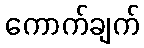
ကောက်ချက်